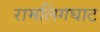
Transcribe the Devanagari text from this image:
रामलिंगघाट